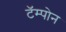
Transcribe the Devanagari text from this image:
टॅम्पोन